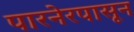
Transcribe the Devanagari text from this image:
पारनेरपासून